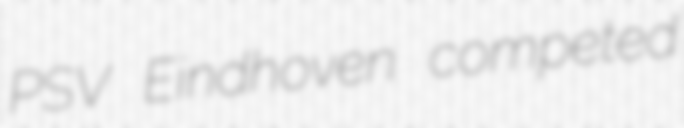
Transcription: PSV Eindhoven competed